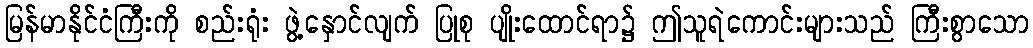
မြန်မာနိုင်ငံကြီးကို စည်းရုံး ဖွဲ့နှောင်လျက် ပြုစု ပျိုးထောင်ရာ၌ ဤသူရဲကောင်းများသည် ကြီးစွာသော